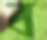
ব